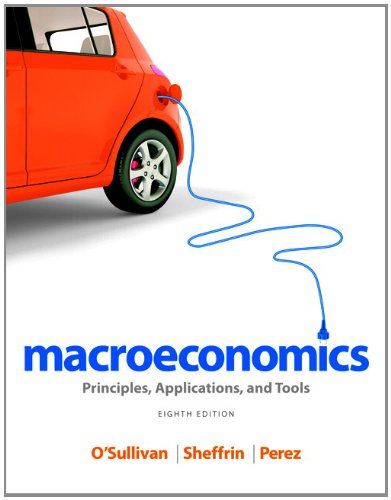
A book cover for Macroeconomics: Principles, Applications, and Tools (8th Edition); Arthur O'Sullivan; Business & Money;